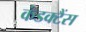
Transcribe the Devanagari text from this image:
कंडक्टैंस